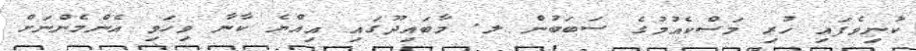
ކުނިވެފައި ހުރި މަސްކެއުމުގެ ސަބަބުން ލ. މާބައިދޫގައި އިއްޔެ ކާނާ ވިހަވި އެންމެންނަށް